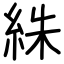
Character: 絑